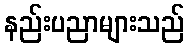
နည်းပညာများသည်